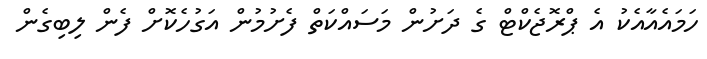
ހަމައެއާއެކު އެ ޕްރޮޖެކްޓް ގެ ދަށުން މަސައްކަތް ފެށުމުން އަގުހެކޮށް ފެން ލިބިގެން